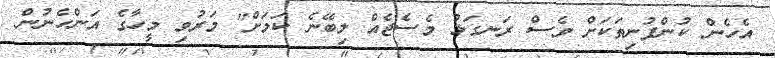
އެހެން ކުންފުނިތަކަށް ވެސް ރަނގަޅު މެސެޖެއް ލިބޭނެ ކަމަށް" މަރުވި މީހާގެ އަންހެނުން